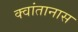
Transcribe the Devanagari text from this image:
क्वांतानास